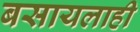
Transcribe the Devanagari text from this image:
बसायलाही